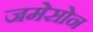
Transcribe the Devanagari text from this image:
जमेसोन